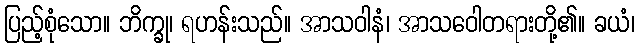
ပြည့်စုံသော။ ဘိက္ခု၊ ရဟန်းသည်။ အာသဝါနံ၊ အာသဝေါတရားတို့၏။ ခယံ၊